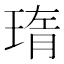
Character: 㻟